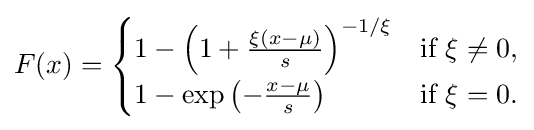
F(x)={\begin{cases}1-\left(1+{\frac {\xi (x-\mu )}{s}}\right)^{-1/\xi }&{\text{if }}\xi \neq 0,\\1-\exp \left(-{\frac {x-\mu }{s}}\right)&{\text{if }}\xi =0.\end{cases}}